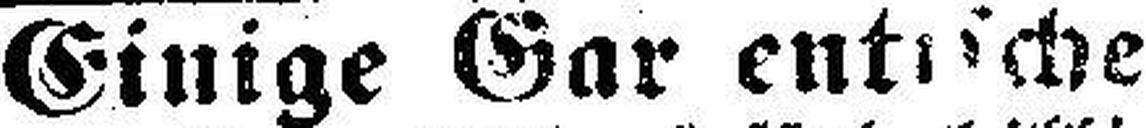
Einige Gartentische